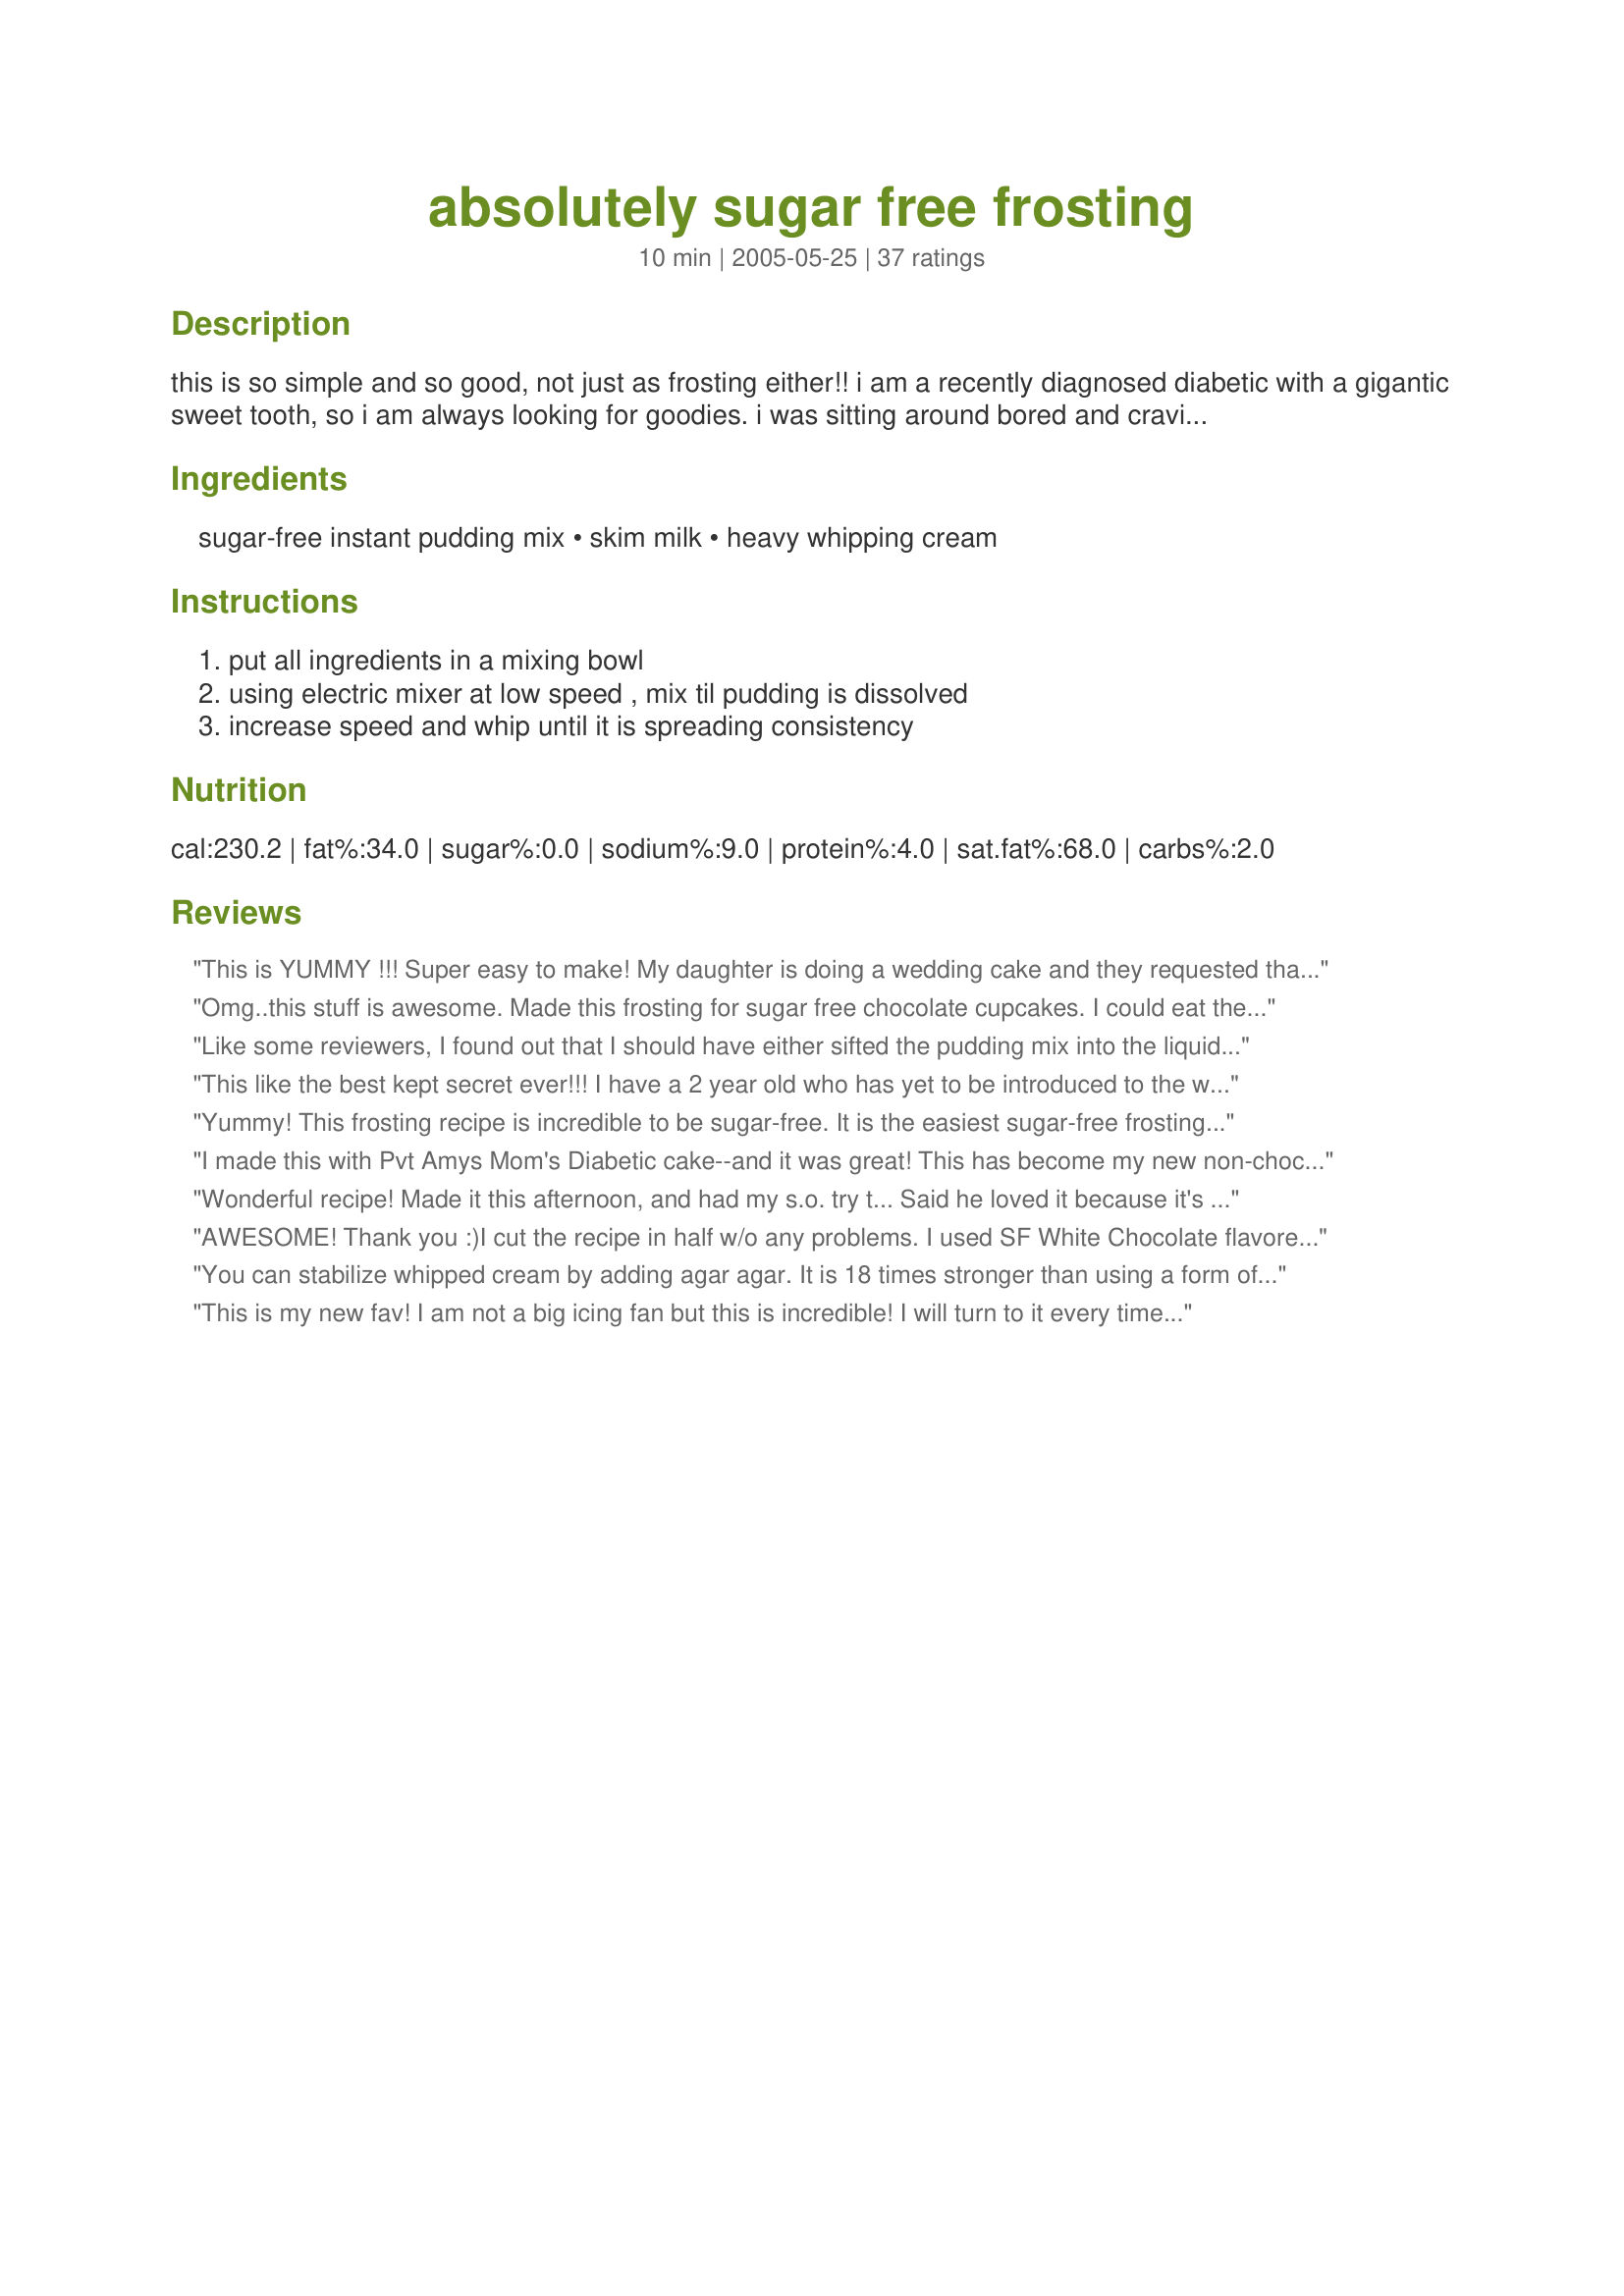
absolutely sugar free frosting
Preparation time: 10 minutes

this is so simple and so good, not just as frosting either!! i am a recently diagnosed diabetic with a gigantic sweet tooth, so i am always looking for goodies. i was sitting around bored and craving something sweet one day and this is what happened. this is pretty low in carbs too-- which is great for diabetics as well as low carb dieters. but beware, it is not low in fat!! this recipe makes a bunch, but i am pretty sure it can be reduced by parts. the serving number is a guess-- it depends on what you use this for.

Ingredients:
sugar-free instant pudding mix, skim milk, heavy whipping cream

Steps:
put all ingredients in a mixing bowl, using electric mixer at low speed , mix til pudding is dissolved, increase speed and whip until it is spreading consistency

Reviews:
This is YUMMY !!! Super easy to make! My daughter is doing a wedding cake and they requested that one tier be sugar free. She chose this frosting and it is awesome. She made a "practice" batch today to check it out and she was able to decorate with it as well. Thanks for posting your recipe!!
Omg..this stuff is awesome. Made this frosting for sugar free chocolate cupcakes. I could eat the whole bowl..no kidding... I used unsweetened vanilla almond milk instead of skim. I will definitely be making different flavors. I'm turning my cupcakes into black Forrest cupcakes..filling them with no added sugar cherry jam and shaving sugars free chocolate on top. I am refridgerating for a bit to see if it firms up a bit more. This stuff would make a great parfait with fruits or in a trifle using chunks of sugar free angel food cake. Can't wait to try thAt. The possibilities are endless. To the person who complained that the frosting tasted like butter..just means you over whipped. Cream turns into butter if whipped to long so just shorten your whipping time. ThNkz so much for this recipe. I have been looking for one that doesn't contAin tons of sugar substitutes.
Like some reviewers, I found out that I should have either sifted the pudding mix into the liquids, or heated the milk up before adding to it the pudding. My frosting was slightly lumpy. But it was good! Thank you for a great recipe:)
This like the best kept secret ever!!! I have a 2 year old who has yet to be introduced to the world of refined sugar and sweets. I used this recipe for his 2nd birthday cake recently... it was incredible. Sugar free, but certainly not taste free. We used Vanilla pudding. It spread great and was nice a thick. Was a big hit with parents and kids!
Yummy! This frosting recipe is incredible to be sugar-free. It is the easiest sugar-free frosting with which to decorate. It is different that decorating with buttercream, so some practice would be required, but overall this recipe is great. The only suggestion I would give would be to make sure the icing stays chilled. I decorated the cake in the picture for about 2 hours and by the time I got to the last part the frosting was starting to melt a little. (you can tell from the picture). Thanks for this recipe. It is a lifesaver!
I made this with Pvt Amys Mom's Diabetic cake--and it was great! This has become my new non-chocolate frosting recipe! You really can decorate with it! I made this with white chocolate instant pudding mix, 2 cups 2% milk, and 2 cups whipping cream. Fantastic!<br/>Update: This is now my new go to frosting instead of making traditional whipped cream frosting. My local grocery has started carrying regular (not sugar free) white chocolate instant pudding and I just color it and go! I use this frosting on all of my less complicated kids' cakes as it is good, can be used for basic decorating, and isn't super sweet. Thank you so much!!!
Wonderful recipe! Made it this afternoon, and had my s.o. try t... Said he loved it because it's so sweet, but not with the usual sugary flavor~

I tweaked it a bit when I made it: 1 cup whole milk and 2 cups of the hwcream, plus about 3/4 tsp of vanilla extract (I used the cheesecake flavored pudding mix), came out with a wonderful flavor. Thanks again!
AWESOME! Thank you :)<br/>I cut the recipe in half w/o any problems. I used SF White Chocolate flavored pudding mix. DELICIOUS!<br/>This is a definite keeper.
You can stabilize whipped cream by adding agar agar. It is 18 times stronger than using a form of gelatin. You can find powdered agar agar at WalMart in the Asian aisle, or most health food stores carry it. I order mine from Barry's Farms, since I use it in my Mock Whip Wedding Cake Frosting to stabilize 1 cup of liquid - water, champagne, framboise, kirsch, wine, etc. - as well as my French Buttercreams to stabilize them for high temperatures - such as hot tents in the summer. Here's how: 1 c. whipping cream 2 Tablespoons confectioners sugar (I use a specialty brand sugar substitute made by Swerve. They make sugar-free granulated sugar, brown sugar, and confectioner's sugar. I use their products in all my recipes for diabetic clients, 1 for 1. It has no 'off' taste and my diabetic clients say it's like eating a 'normal' cake. It can be found at health food stores, or you can buy online at their website.) 1 teaspoon powdered agar agar. Whip whipping cream until almost ready. Add confectioners’ sugar and agar agar. Continue whipping until stiff peaks form. This cream topping/filling will stay firm and not separate. Agar Agar is unflavored and is rich in iodine and trace minerals. It is a high protein food and should be refrigerated for storage. The basic Agar Gel recipe is 2 t. of powder to 2 c. of liquid. Soak the agar in the liquid for about 10-15 min. Bring to boil and simmer stirring until the agar completely dissolves (about 5 minutes).
This is my new fav! I am not a big icing fan but this is incredible! I will turn to it every time! Thanks so much!
OMG! Family loved it.
I made this recipe using Sugar Free Chocolate pudding. It turns out tasting just like Chocolate mousse..it does not have an &quot;icing&quot; consistency. It&#039;s just like putting mousse on top of your cake. I did take advice from other reviews and cut the recipe in half and used less milk etc. Milk is NOT sugar free so I used less milk. Unsweetened Almond milk would make it totally sugar free though. Taste good but does not turn out like icing you are familiar with.
This doesn't taste sugar free. It is very good. I made this up for my dh's birthday cake and I do believe he will like it. I did only have 1% milk and 2 cups of whipping cream so I used 2 cups whipping cream and 2 cups 1% milk. Still turned out great. Thanks for posting!
I haven't tried this yet but i can't wait.. I have a very big sweet tooth and i was diagnosed with type 2 diabetes last year..
This is a great recipe if done correctly. If you add the cold milk and cream to this pudding, you will have a lumpy mess. Warm the milk to dissolve the pudding before adding the cream and mixing.
Can this icing be mixed up the day before? Or how long will it hold its shape. The cake will be sitting out roughly 1 hour before its cut. I'm looking for an icing for a wedding cake. Thank you
Finally,
A sugar free frosting worthy of enjoying!!!! I didn't have any problem dissolving the pudding mix into the cold milk and I used half 1% milk and half heavy cream. Lots of compliments on the frosting, now if only I could find something worthy to frost with this delicious icing. I used vanilla pudding and next time, I will try chocolate. Thanks for posting this recipe.
I made this yesterday to go with a chocolate sugar free cake (#195758) I halved the recipe and it worked perfectly. I frosted a 9x13 pan it was the perfect amount and it was easy and tasted good. Thanks for posting!
A good thing did come from this recipe; I have always wanted a low-sugar chocolate mousse and that is what I got. I still used it as frosting but since it is the consistency and color of chocolate mousse, it looks like little piles of dog poo on the cupcakes. It may be possible to thin it a bit but I wasn&#039;t experimenting with the only batch I could make. It was for my husband and son, so they had fun with it but put this in ramikins with some berries on top and a sprinkle of powder sugar and you have a gorgeous mousse.
I just whipped this up for my diabetic husband and he said it tasted ok but the texture was like butter. I didn&#039;t have any lumpy issues and I didn&#039;t heat the milk I just mixed the pudding mix and cream together first then slowly added the milk after it had come together to get to the right consistency for frosting. I&#039;m sure eating it with a spoon from the mixing bowl probably isn&#039;t a fair test and the buttery/ greasiness of it will be cut by putting it on a cake. I didn&#039;t think it was too bad for sugar free but definitely not the same as vanilla buttercream frosting made with powdered sugar. Still the best &quot;sugar free&quot; frosting I&#039;ve come across so far but will continue to look.
As far as taste and how easy it is to make I would have gave it more stars maybe 3 or 4. But as far as sugar free, that it is not. There is 12 grams of sugar in one cup of skim milk. And 1 gram of sugar in every table spoon of heavy whipping cream.
 The truth is this frosting has allot of sugar. What the title should say is &quot;No Sugar Added&quot;. There is a difference.
 No doubt that regular frosting would have way more sugar in it, and this is a great alternative, but to claim that this one has absolutely no sugar, is faults.
It&#039;s probably the best sugar free, whip cream frosting i&#039;ve had.I will be making this quite a bit more...
I couldn't get sugar free pudding mix from my supermarket, so used a weight watchers chocolate mousse mix instead and it worked brilliantly. Thanks for posting.
I just done a birthday cake for my grandfather who is diabetic along with my grandmother. I made a sugar free cake used this frosting but instead of using the milk it called for I used the almond milk unsweetened and it worked well. Milk has sugar (12G); just the skim is fat free not sugar free.
This frosting tasted really great, and no one could even tell it was sugar-free! The only caution I have is to make sure the pudding is WELL-DISSOLVED in the milk before adding the cream and whipping. If you don't do this, you will end up with pudding lumps in your frosting - not very pretty on a nice cake!
It turned out perfect! My husband and kids loved it.
I made this 2 weeks ago but forgot to rate it. Used this as a frosting for our wedding anniversary chocolate cake and it's absolutely delicious yet guilt free. It's sweet but who would have thought it's sugar free? I just love the taste of the pudding with cream! So heavenly! I'll be making this again and again and again! Thanks for this keeper, Chef Meela! Made for TOTM's Diabetic Tag Game 2008.
I made this frosting and did a little change by folding in drained pineapple and frosted a sugar free angle food cake. Made it for our friends 50th wedding anniversary, they loved it. My husband liked it to because he licked the bowl, well finished what was left on the spoon and I the bowl. I would make it again.
I gave this 4 stars. My family really enjoyed this frosting. This frosting was so easy to make. I made this frosting to go on my future hubby's birthday cake. When I made this frosting I cut the recipe in half with no problem. I used SF vanilla pudding (my 6 yr old newphew only likes vanilla). Nest time I think I'll try another flavor. Overall this was very good! Thanks for posting a good recipe. Christine (internetnut)
This was a last minute put together. I used instant cheesecake pudding mix with the 3 cups heavy whipping cream and fat-free milk, which is not sugar free by the way. There is 12g of sugar in fat-free milk. Anyways, I threw all of the ingredients into a bowl and blended on full speed and within 2 minutes it was a nice thick consistency. Was prefect!
I cut the ingredients in half to frost a small sugar-free cake for my diabetic father and he loved it! So did I. Thanks for your creativity and sharing with the rest of us. A TRUE SUGAR-FREE FROSTING! A Keeper! Frosted this chocolate "frosting" over Recipe # 107856 (Splenda Blend Sour Cream Pound Cake). Both are sugar-free for diabetics with taste!
I made this to go on a cake for my Mom who is a diabetic. It was wonderful! I used vanilla pudding, 2 cups whipping cream, and 2 cups 1% milk. Next time I'll do the 3 to 1 ratio listed. I made a cake in a pan with a lid, and this was twice as much frosting as we needed to frost just the top of a 9x13. We froze the rest, I"ll update when we thaw and use it. I made the cake from a Pillsbury reduced sugar cake mix with club soda and vanilla extract. I can't wait to try this frosting with many more flavors and to top many more cakes! Thanks so much!
I also made this to go along with the Died and Went to Heaven Chocolate Cake,diabetic Version. We had a co-worker last year have a birthday and had recently been diagnosed as diabetic. It was a HIT!! So much so, that she has asked me to make it for her again this year. Thank you Chef Meela for sharing this recipe.
I made Recipe #217973 in 9" cake pans and frosted it with this recipe using sugar-free french vanilla pudding. I took the cake to a work luncheon and it was a huge hit. I had half a dozen people ask me for the recipe and they were shocked to find out the frosting was totally sugar free. This recipe is going right into my keeper file. Made for Diabetic Cooking Tag Game.
Thank you so much for this recipe! I used the sugar free cheesecake flavor and it was such an easy and quick cream cheese frosting, everyone complimented it. I used the cream and then added a splash of the milk here and there rather than a measured cup of milk and added a little food coloring for my daughter's birthday cake. Will use this recipe from now on!
amazing!! made for my diabetic grandma&#039;s birthday!! simple and great!
My mother-in-law and I are super surprised how great this frosting turned out!! We love it!!! We make cakes for Diabetics and had test tried our own recipe only to find nasty aftertastes.. this has NO AFTERTASTE! it's GREAT GREAT GREAT!
